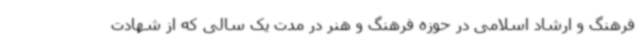
فرهنگ و ارشاد اسلامی در حوزه فرهنگ و هنر در مدت یک سالی که از شهادت